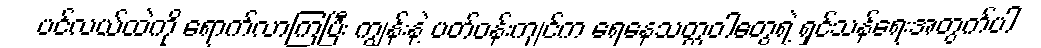
ပင်လယ်ထဲကို ရောက်လာကြပြီး ကျွန်းနဲ့ ပတ်ဝန်းကျင်က ရေနေသတ္တဝါတွေရဲ့ ရှင်သန်ရေးအတွက်ပါ